Vaccination in Bombay 1889-1901 - 1889-1901
Year: 1889
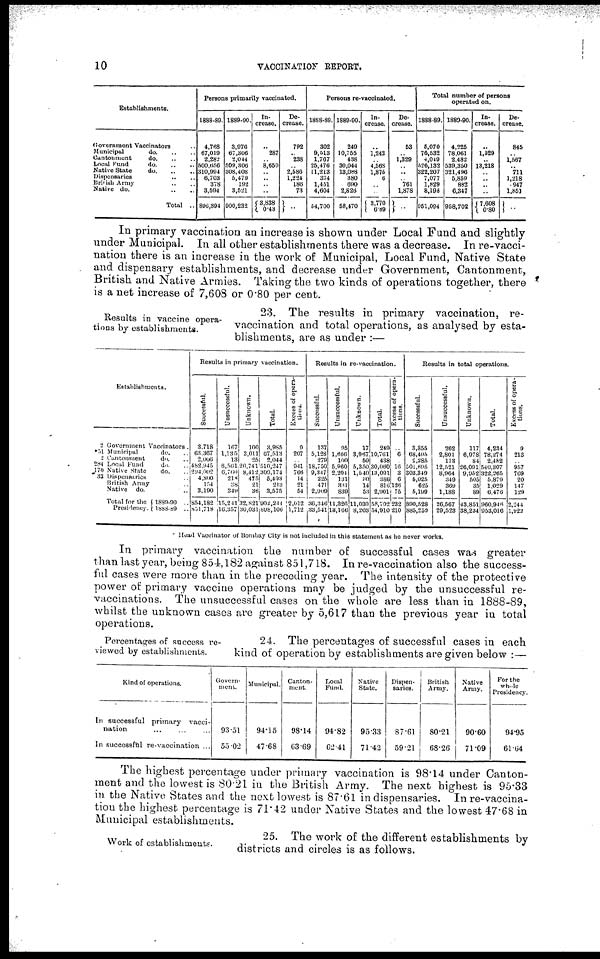
10
VACCINATION REPORT.
Establishments.
Government Vaccinators ..
Municipal
do. .. ..
Cantonment
do. .. ..
Local Fund
do. .. ..
Native State
do. .. ..
Dispensaries .. ..
British Army .. ..
Native do. .. ..
Total ..
Persons primarily vaccinated.
1888-89.
4,768
67,019
2,282
500,656
310,994
6,703
378
3,594
896,394
1889-90.
3,976
67,306
2,044
509,306
308,408
5,479
192
3,521
900,232
In-
crease.
..
287
.. 8,650
.. ..
..
..
3,838
0.43
De-
crease.
792
.. 238
.. 2,586
1,224
186
73
..
Persons re-vaccinated.
1888-89.
302
9,513
1,767
25,476
11,213
374
1,451
4,604
54,700
1889-90.
249
10,755
438
30,044
13,088
380
690
2,826
58,470
In-
crease.
..
1,242
.. 4,568
1,875
6
..
..
3,770
6.89
De-
crease.
53
.. 1,329
.. ..
.. 761
1,878
..
Total number of persons
operated on.
1888-89.
5,070
76,532
4,049
526,132
322,207
7,077
1,829
8,198
951,094
1889-90.
4,225
78,061
2,482
539,350
321,496
5,859
882
6,347
958,702
In-
crease.
..
1,529
.. 13,218
..
..
..
..
7,608
0.80
De-
crease.
845
.. 1,567
.. 711
1,218
.947
1,851
..
In primary vaccination an increase is shown under Local Fund and slightly
under Municipal. In all other establishments there was a decrease. In re-vacci-
nation there is an increase in the work of Municipal, Local Fund, Native State
and dispensary establishments, and decrease under Government, Cantonment,
British and Native Armies. Taking the two kinds of operations together, there
is a net increase of 7,608 or 0.80 per cent.
Results in vaccine opera-
tions by establishments.
23. The results in primary vaccination, re-
vaccination and total operations, as analysed by esta-
blishments, are as under :—
Establishments.
2 Government Vaccinators.
51 Municipal
do. ..
2 Cantonment
do. ..
284 Local Fund
do. ..
170 Native State
do. ..
33 Dispensaries ..
British Army ..
Native
do. ..
Total for the
Prosidency.
1889-90 ..
1888-89 ..
Results in primary vaccination.
Successful.
3,718
63,367
2,006
482,945
204,002
4,800
154
3,190
854,182
851,718
Unsuccessful.
167
1,135
13
6,561
6,760
218
38
349
15,241
16,357
Unknown.
100
3,011
25
20,741
8,412
475
21
36
32,821
30,031
Total.
3,985
67,513
2,044
510,247
300,174
5,493
213
3,575
902,244
898,106
Excess of opera-
tions.
9
207
.. 941
766
14
21
54
2,612
1,712
Results in re-vaccination.
Successful.
137
5,128
279
18,750
9,347
225
471
2,009
36,346
33,541
Unsuccessful.
95
1,666
100
5,960
2,204
131
331
839
11,326
18,166
Unknown.
17
3,967
59
5,350
1,540
50
14
53
11,030
8,203
Total.
249
10,761
438
30,060
13,091
386
816
2,901
58,702
54,910
Excess of opera-
tions.
..
6
.. 16
3
6
126
75
232
210
Results in total operations.
Successful.
3,855
68,495
2,285
501,695
303,349
5,025
625
5,199
890,528
885,259
Unsuccessful.
262
2,801
113
12,521
8,964
349
369
1,188
26,567
29,523
Unknown.
117
6,978
84
26,091
9,952
505
35
89
43,851
38,234
Total.
4,234
78,274
2,482
540,307
322,265
5,879
1,029
6,476
960,946
953,016
Excess of opera-
tions.
9
213
.. 957
769
20
147
129
2,244
1,922
Head Vaccinator of Bombay City is not included in this statement as he never works.
In primary vaccination the number of successful cases was greater
than last year, being 854,182 against 851,718. In re-vaccination also the success-
ful cases were more than in the preceding year. The intensity of the protective
power of primary vaccine operations may be judged by the unsuccessful re-
vaccinations. The unsuccessful cases on the whole are less than in 1888-89,
whilst the unknown cases are greater by 5,617 than the previous year in total
operations.
Percentages of success re-
viewed by establishments.
24. The percentages of successful cases in each
kind of operation by establishments are given below :—
Kind of operations.
In successful primary
vacci-
nation ... ... ...
In successful re-vaccination ...
Govern-
ment.
93.51
55.02
Municipal.
94.15
47.68
Canton-
ment.
98.14
63.69
Local
Fund.
94.82
62.41
Native
State.
95.33
71.42
Dispen-
saries.
87.61
59.21
British
Army.
80.21
68.26
Native
Army.
90.60
71.09
For the
whole
Presidency.
94.95
61.64
The highest percentage under primary vaccination is 98.14 under Canton-
ment and the lowest is 80.21 in the British Army. The next highest is 95.33
in the Native States and the next lowest is 87.61 in dispensaries. In re-vaccina-
tion the highest percentage is 71.42 under Native States and the lowest 47.68 in
Municipal establishments.
Work of establishments.
25. The work of the different establishments by
districts and circles is as follows.